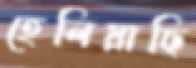
হেলিয়াছি